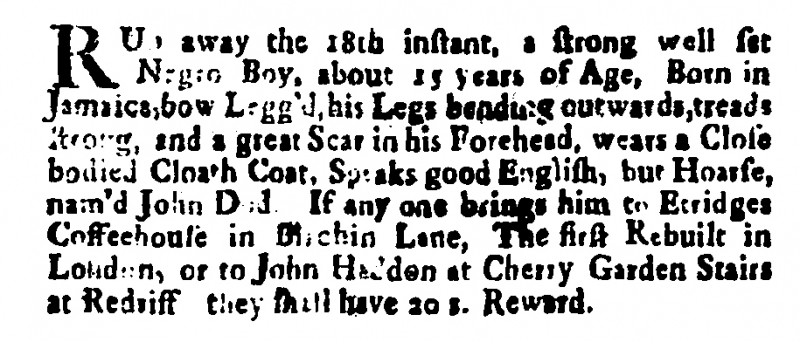
Post Man and the Historical Account, 24 June 1704 (England)
RUn away the 18th instant, a strong well set Negro Boy about 15 years of Age, Born in Jamaica, bow Legg’d, his Legs bending outwards, treads strong, and a great Scar in his Forehead, wears a Close bodied Cloath Coat. Speaks good English, but Hoarse, nam’d John Dod. If any one brings him to Etridges Coffeehouse in Birchin Lane, The first Rebuilt in London, or to John H[a]ddon at Cherry Garden Stairs at Redriff they shall have 20 s. Reward.